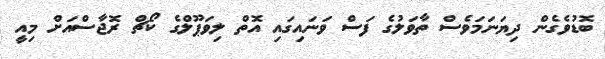
ބޮޑުވެގެން ދިޔަނަމަވެސް ތާވަލުގެ ފަސް ވަނައިގައި އޮތް ލިވަޕޫލްގެ ކޯޗް ރޮޖާސްއަށް މިއީ